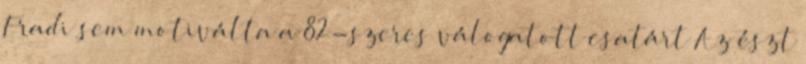
Fradi sem motiválta a 82-szeres válogatott csatárt Az észt